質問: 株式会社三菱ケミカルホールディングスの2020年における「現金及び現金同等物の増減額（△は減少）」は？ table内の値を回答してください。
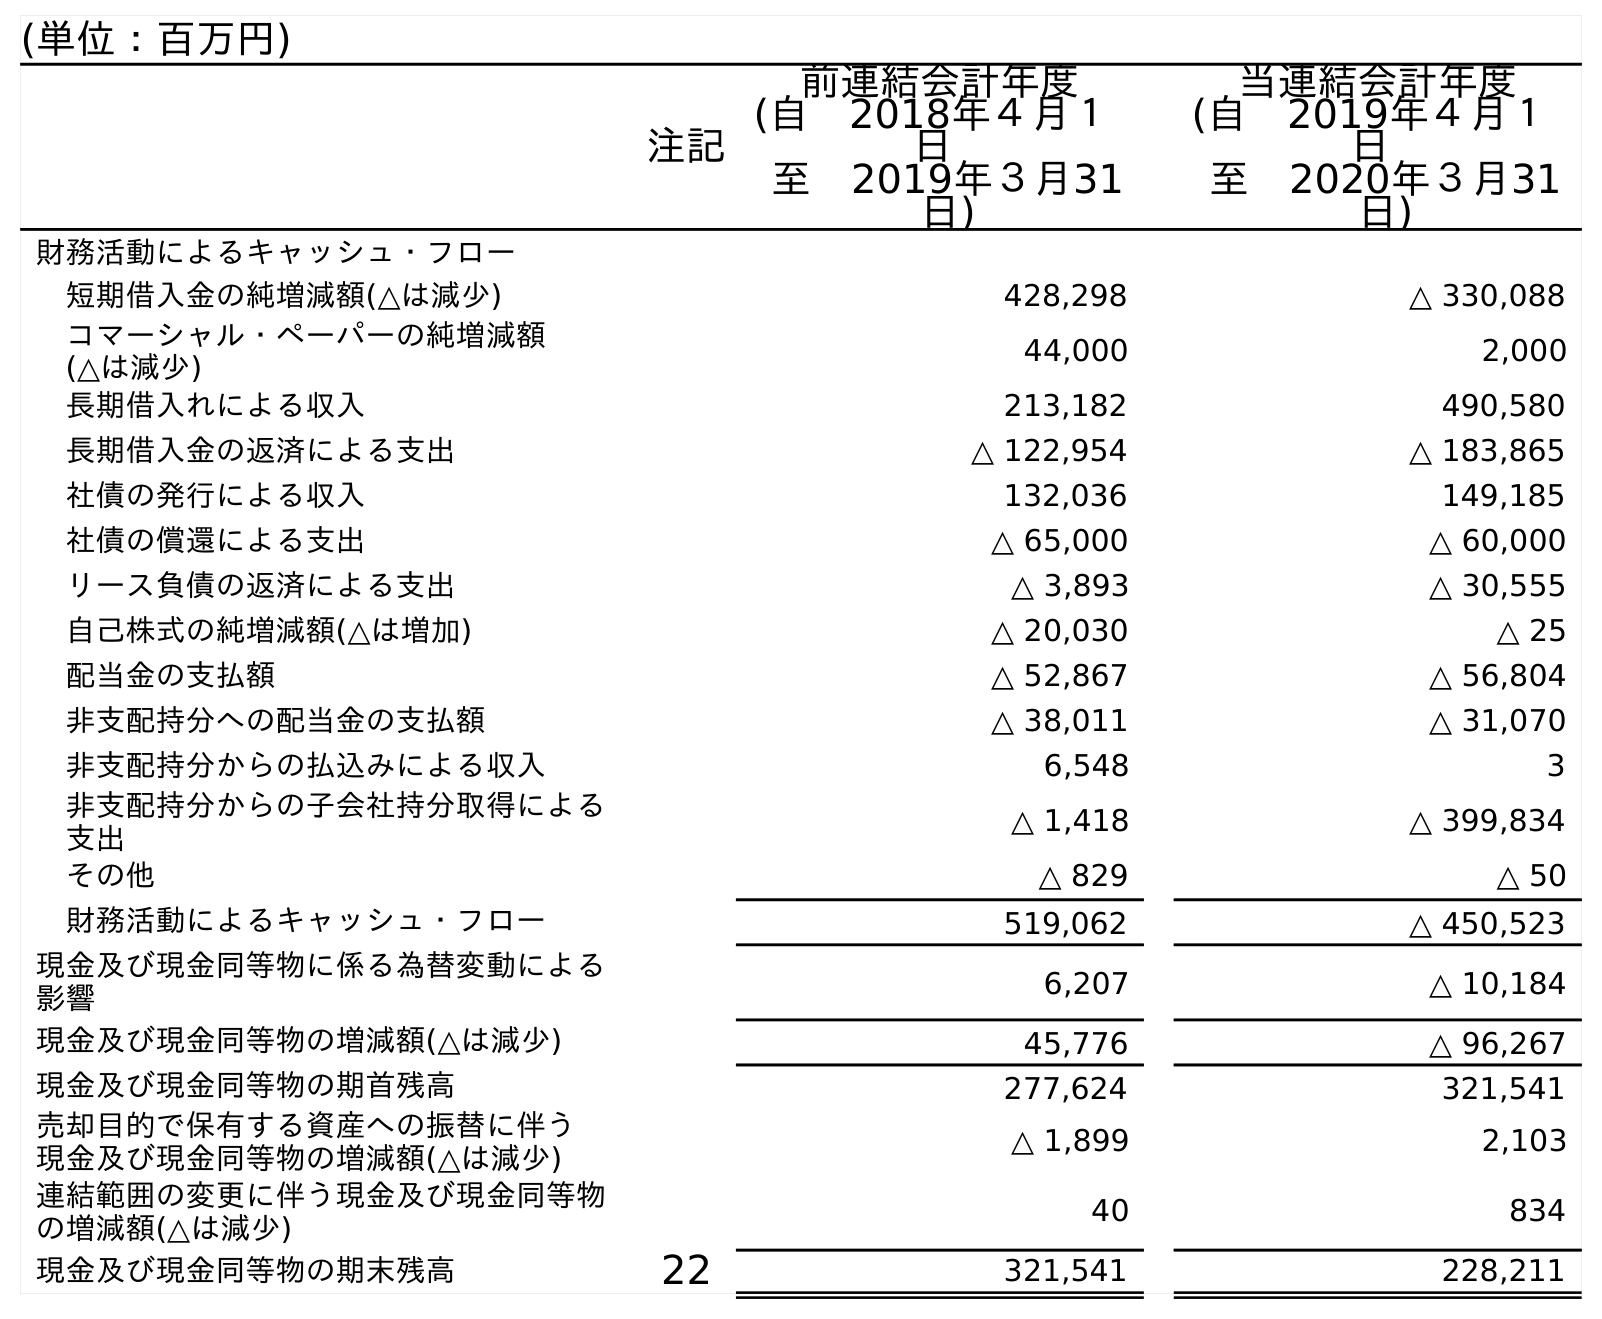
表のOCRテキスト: (単位：百万円) 注記 前連結会計年度 (自 2018年４月１ 日 至 2019年３月31 日) 当連結会計年度 (自 2019年４月１ 日 至 2020年３月31 日) 財務活動によるキャッシュ・フロー 短期借入金の純増減額(△は減少) 428,298 △ 330,088 コマーシャル・ペーパーの純増減額 (△は減少) 44,000 2,000 長期借入れによる収入 213,182 490,580 長期借入金の返済による支出 △ 122,954 △ 183,865 社債の発行による収入 132,036 149,185 社債の償還による支出 △ 65,000 △ 60,000 リース負債の返済による支出 △ 3,893 △ 30,555 自己株式の純増減額(△は増加) △ 20,030 △ 25 配当金の支払額 △ 52,867 △ 56,804 非支配持分への配当金の支払額 △ 38,011 △ 31,070 非支配持分からの払込みによる収入 6,548 3 非支配持分からの子会社持分取得による 支出 △ 1,418 △ 399,834 その他 △ 829 △ 50 財務活動によるキャッシュ・フロー 519,062 △ 450,523 現金及び現金同等物に係る為替変動による 影響 6,207 △ 10,184 現金及び現金同等物の増減額(△は減少) 45,776 △ 96,267 現金及び現金同等物の期首残高 277,624 321,541 売却目的で保有する資産への振替に伴う 現金及び現金同等物の増減額(△は減少) △ 1,899 2,103 連結範囲の変更に伴う現金及び現金同等物 の増減額(△は減少) 40 834 現金及び現金同等物の期末残高 22 321,541 228,211
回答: △96,267